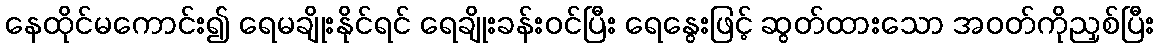
နေထိုင်မကောင်း၍ ရေမချိုးနိုင်ရင် ရေချိုးခန်းဝင်ပြီး ရေနွေးဖြင့် ဆွတ်ထားသော အဝတ်ကိုညှစ်ပြီး